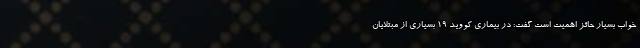
خواب بسیار حائز اهمیت است گفت: در بیماری کووید ۱۹ بسیاری از مبتلایان